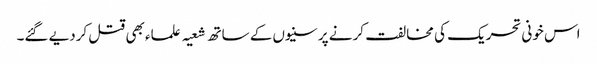
اس خونی تحریک کی مخالفت کرنے پر سنیوں کے ساتھ شعیہ علماء بھی قتل کردیے گئے۔